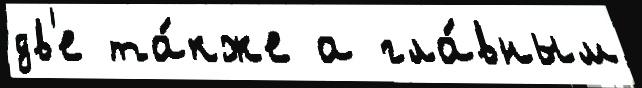
дв'е та́кже а гла́вным